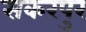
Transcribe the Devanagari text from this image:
सकरपुर